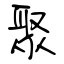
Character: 聚